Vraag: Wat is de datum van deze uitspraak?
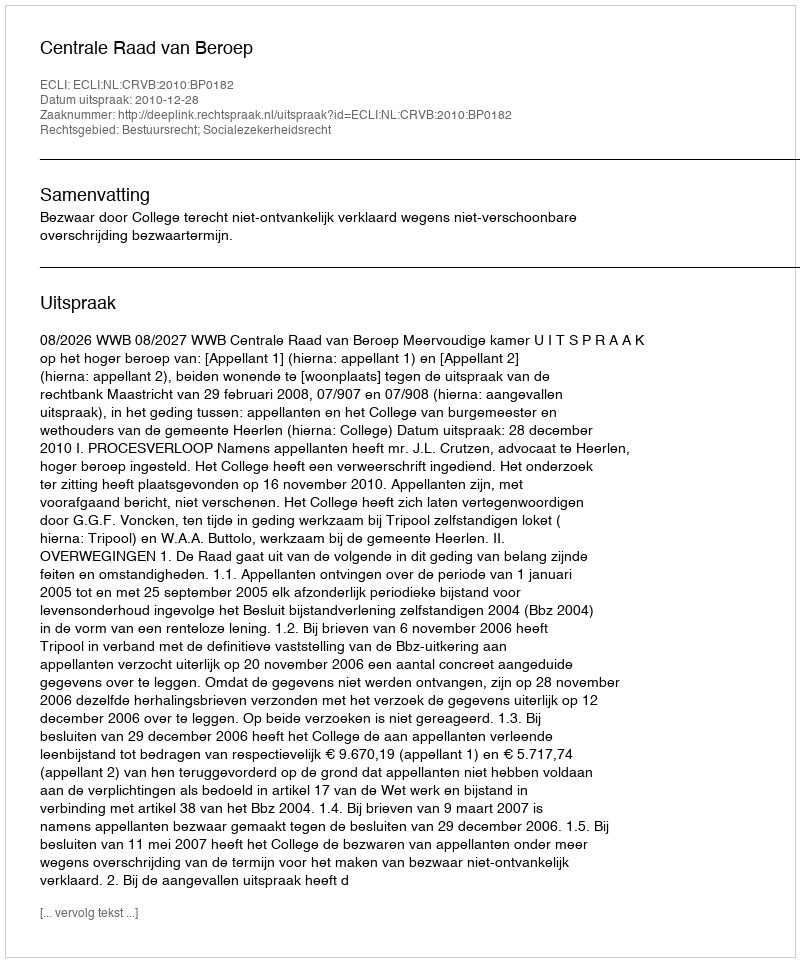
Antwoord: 2010-12-28